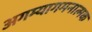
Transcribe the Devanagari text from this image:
अगम्यागमनात्मक